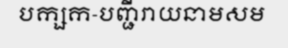
បក្សក-បញ្ជីរាយនាមសម